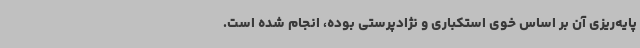
پایه‌ریزی آن بر اساس خوی استکباری و نژادپرستی بوده، انجام شده است.